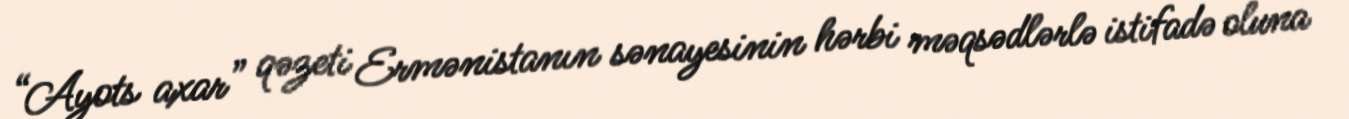
“Ayots axar” qəzeti Ermənistanın sənayesinin hərbi məqsədlərlə istifadə oluna